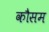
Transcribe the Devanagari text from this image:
कौसम